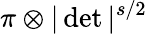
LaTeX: \pi\otimes|\operatorname*{det}|^{s/2}